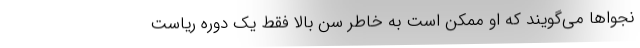
نجواها می‌گویند که او ممکن است به خاطر سنِ بالا فقط یک دوره ریاست